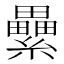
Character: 纍